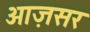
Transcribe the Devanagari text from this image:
आज़सर